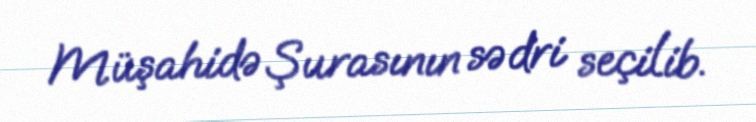
Müşahidə Şurasının sədri seçilib.